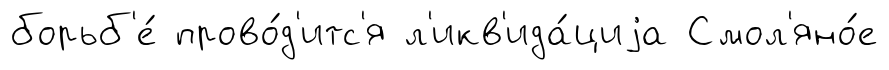
борьб'е́ прово́д'итс'я л'икв'ида́циjа Смол'яно́е